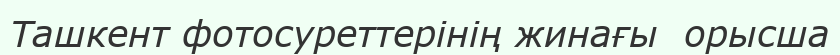
Ташкент фотосуреттерінің жинағы  орысша